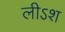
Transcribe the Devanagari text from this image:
लीऽश